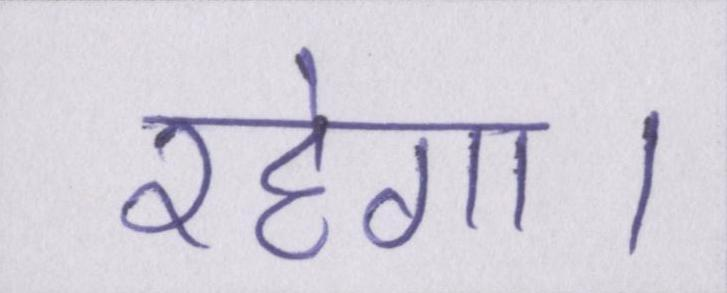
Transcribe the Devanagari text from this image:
रहेगा।